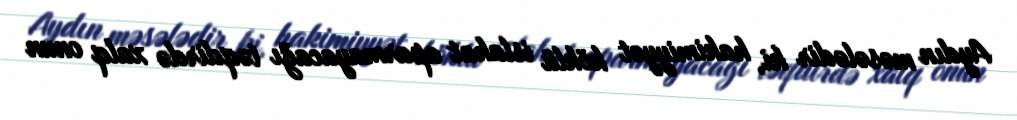
Aydın məsələdir ki, hakimiyyət köklü islahat aparmayacağı təqdirdə xalq onun